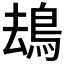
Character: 𩿹